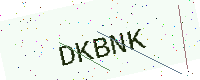
Text: DKBNK